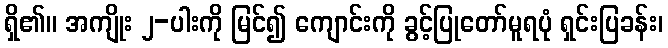
ရှိ၏။ အကျိုး ၂-ပါးကို မြင်၍ ကျောင်းကို ခွင့်ပြုတော်မူရပုံ ရှင်းပြခန်း၊